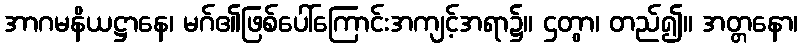
အာဂမနိယဋ္ဌာနေ၊ မဂ်၏ဖြစ်ပေါ်ကြောင်းအကျင့်အရာ၌။ ဌတွာ၊ တည်၍။ အတ္တနော၊